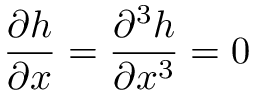
\frac { \partial h } { \partial x } = \frac { \partial ^ { 3 } h } { \partial x ^ { 3 } } = 0